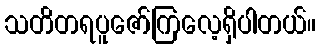
သတိတရပူဇော်ကြလေ့ရှိပါတယ်။